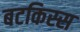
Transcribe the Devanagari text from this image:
बटकिस्स